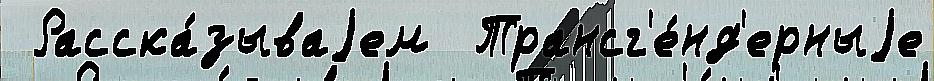
 Расска́зываjем  Трансг'е́нд'ерныjе